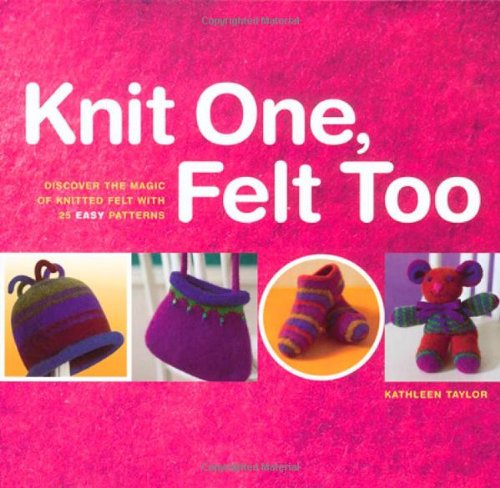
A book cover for Knit One, Felt Too: Discover the Magic of Knitted Felt with 25 Easy Patterns; Kathleen Taylor; Crafts, Hobbies & Home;